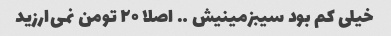
خیلی کم بود سیبزمینیش …. اصلا ۲۰ تومن نمی‌ارزید